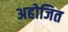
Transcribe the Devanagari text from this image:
अहोजित